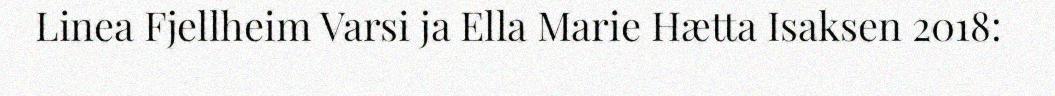
Linea Fjellheim Varsi ja Ella Marie Hætta Isaksen 2018: